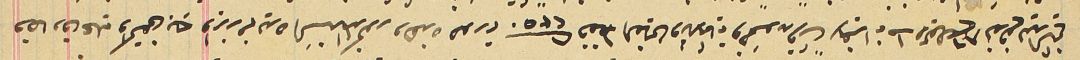
فصادق عليه واكتفى بهِ وابرز من يده السَند المذكور وهذه صورته ٢٣٥٠ فقط الفين وثلاثماية وخمسَون قرشاً لا غير انه فى ١ ايلول سنة ٨٦ تدفع ليد الشيخ